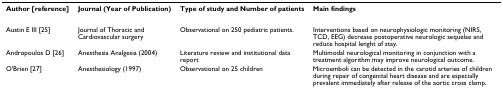
<table><thead><tr><td><b>Author [reference]</b></td><td><b>Journal (Year of Publication)</b></td><td><b>Type of study and Number of patients</b></td><td><b>Main findings</b></td></tr></thead><tbody><tr><td>Austin E III [25]</td><td>Journal of Thoracic and Cardiovascular surgery</td><td>Observational on 250 pediatric patients.</td><td>Interventions based on neurophysiologic monitoring (NIRS, TCD, EEG) decrease postoperative neurologic sequelae and reduce hospital lenght of stay.</td></tr><tr><td>Andropoulos D [26]</td><td>Anesthesia Analgesia (2004)</td><td>Literature review and institutional data report</td><td>Multimodal neurological monitoring in conjunction with a treatment algorithm may improve neurological outcome.</td></tr><tr><td>O'Brien [27]</td><td>Anesthesiology (1997)</td><td>Observational on 25 children</td><td>Microemboli can be detected in the carotid arteries of children during repair of congenital heart disease and are especially prevalent immediately after release of the aortic cross clamp.</td></tr></tbody></table>